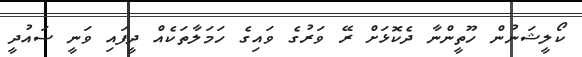
ކޯލީޝަނުން ހޫތީންނާ ދެކޮޅަށް ރޭ ވަރުގެ ވައިގެ ހަމަލާތަކެއް ދީފައި ވަނީ ސައުދީ